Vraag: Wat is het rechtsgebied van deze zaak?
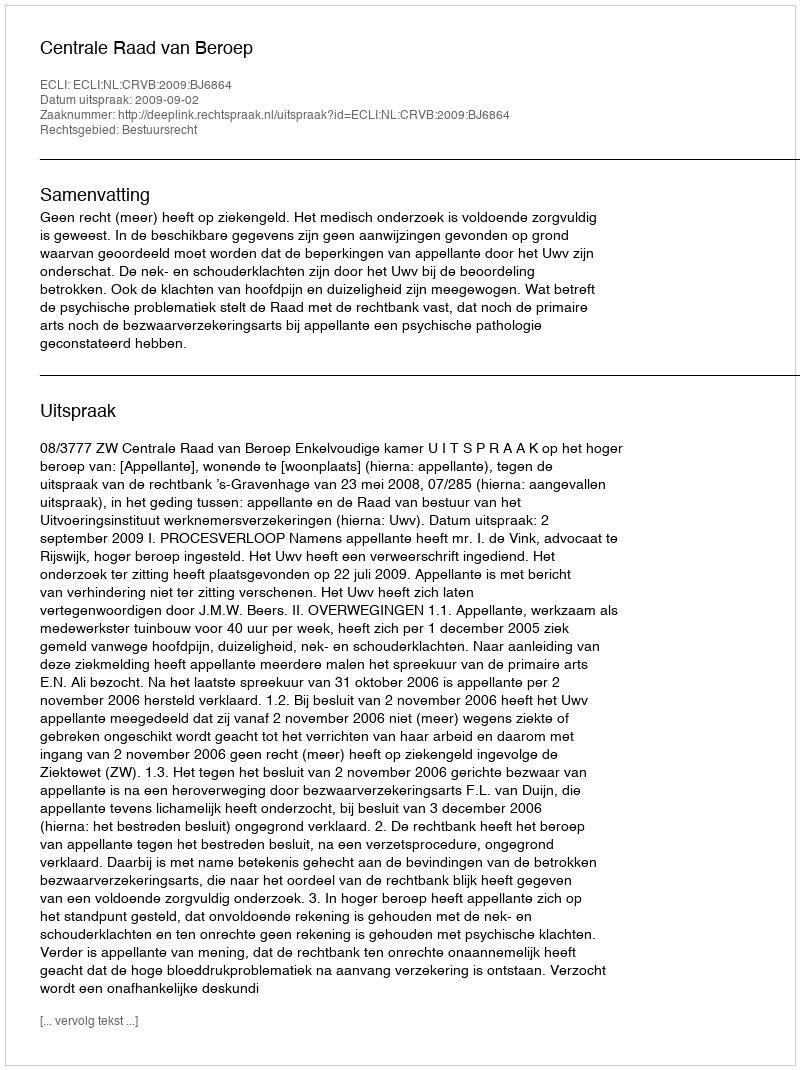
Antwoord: Bestuursrecht